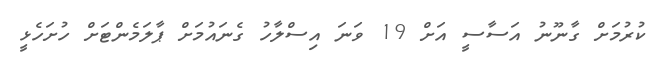
ކުރުމަށް ގާނޫނު އަސާސީ އަށް 19 ވަނަ އިސްލާހު ގެނައުމަށް ޕާލަމެންޓަށް ހުށަހެޅީ